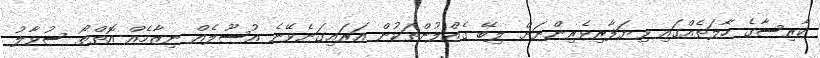
ކާރިސާގެ ހާލަތެއްގައި ވިޔަފާރިވެރިންނަށް ލިބޭ ގެއްލުންތަކުން އަރައިގަނެވޭނެ އުސޫލެއް ނިޒާމެއް އޮތްތޯ ސުވާލު